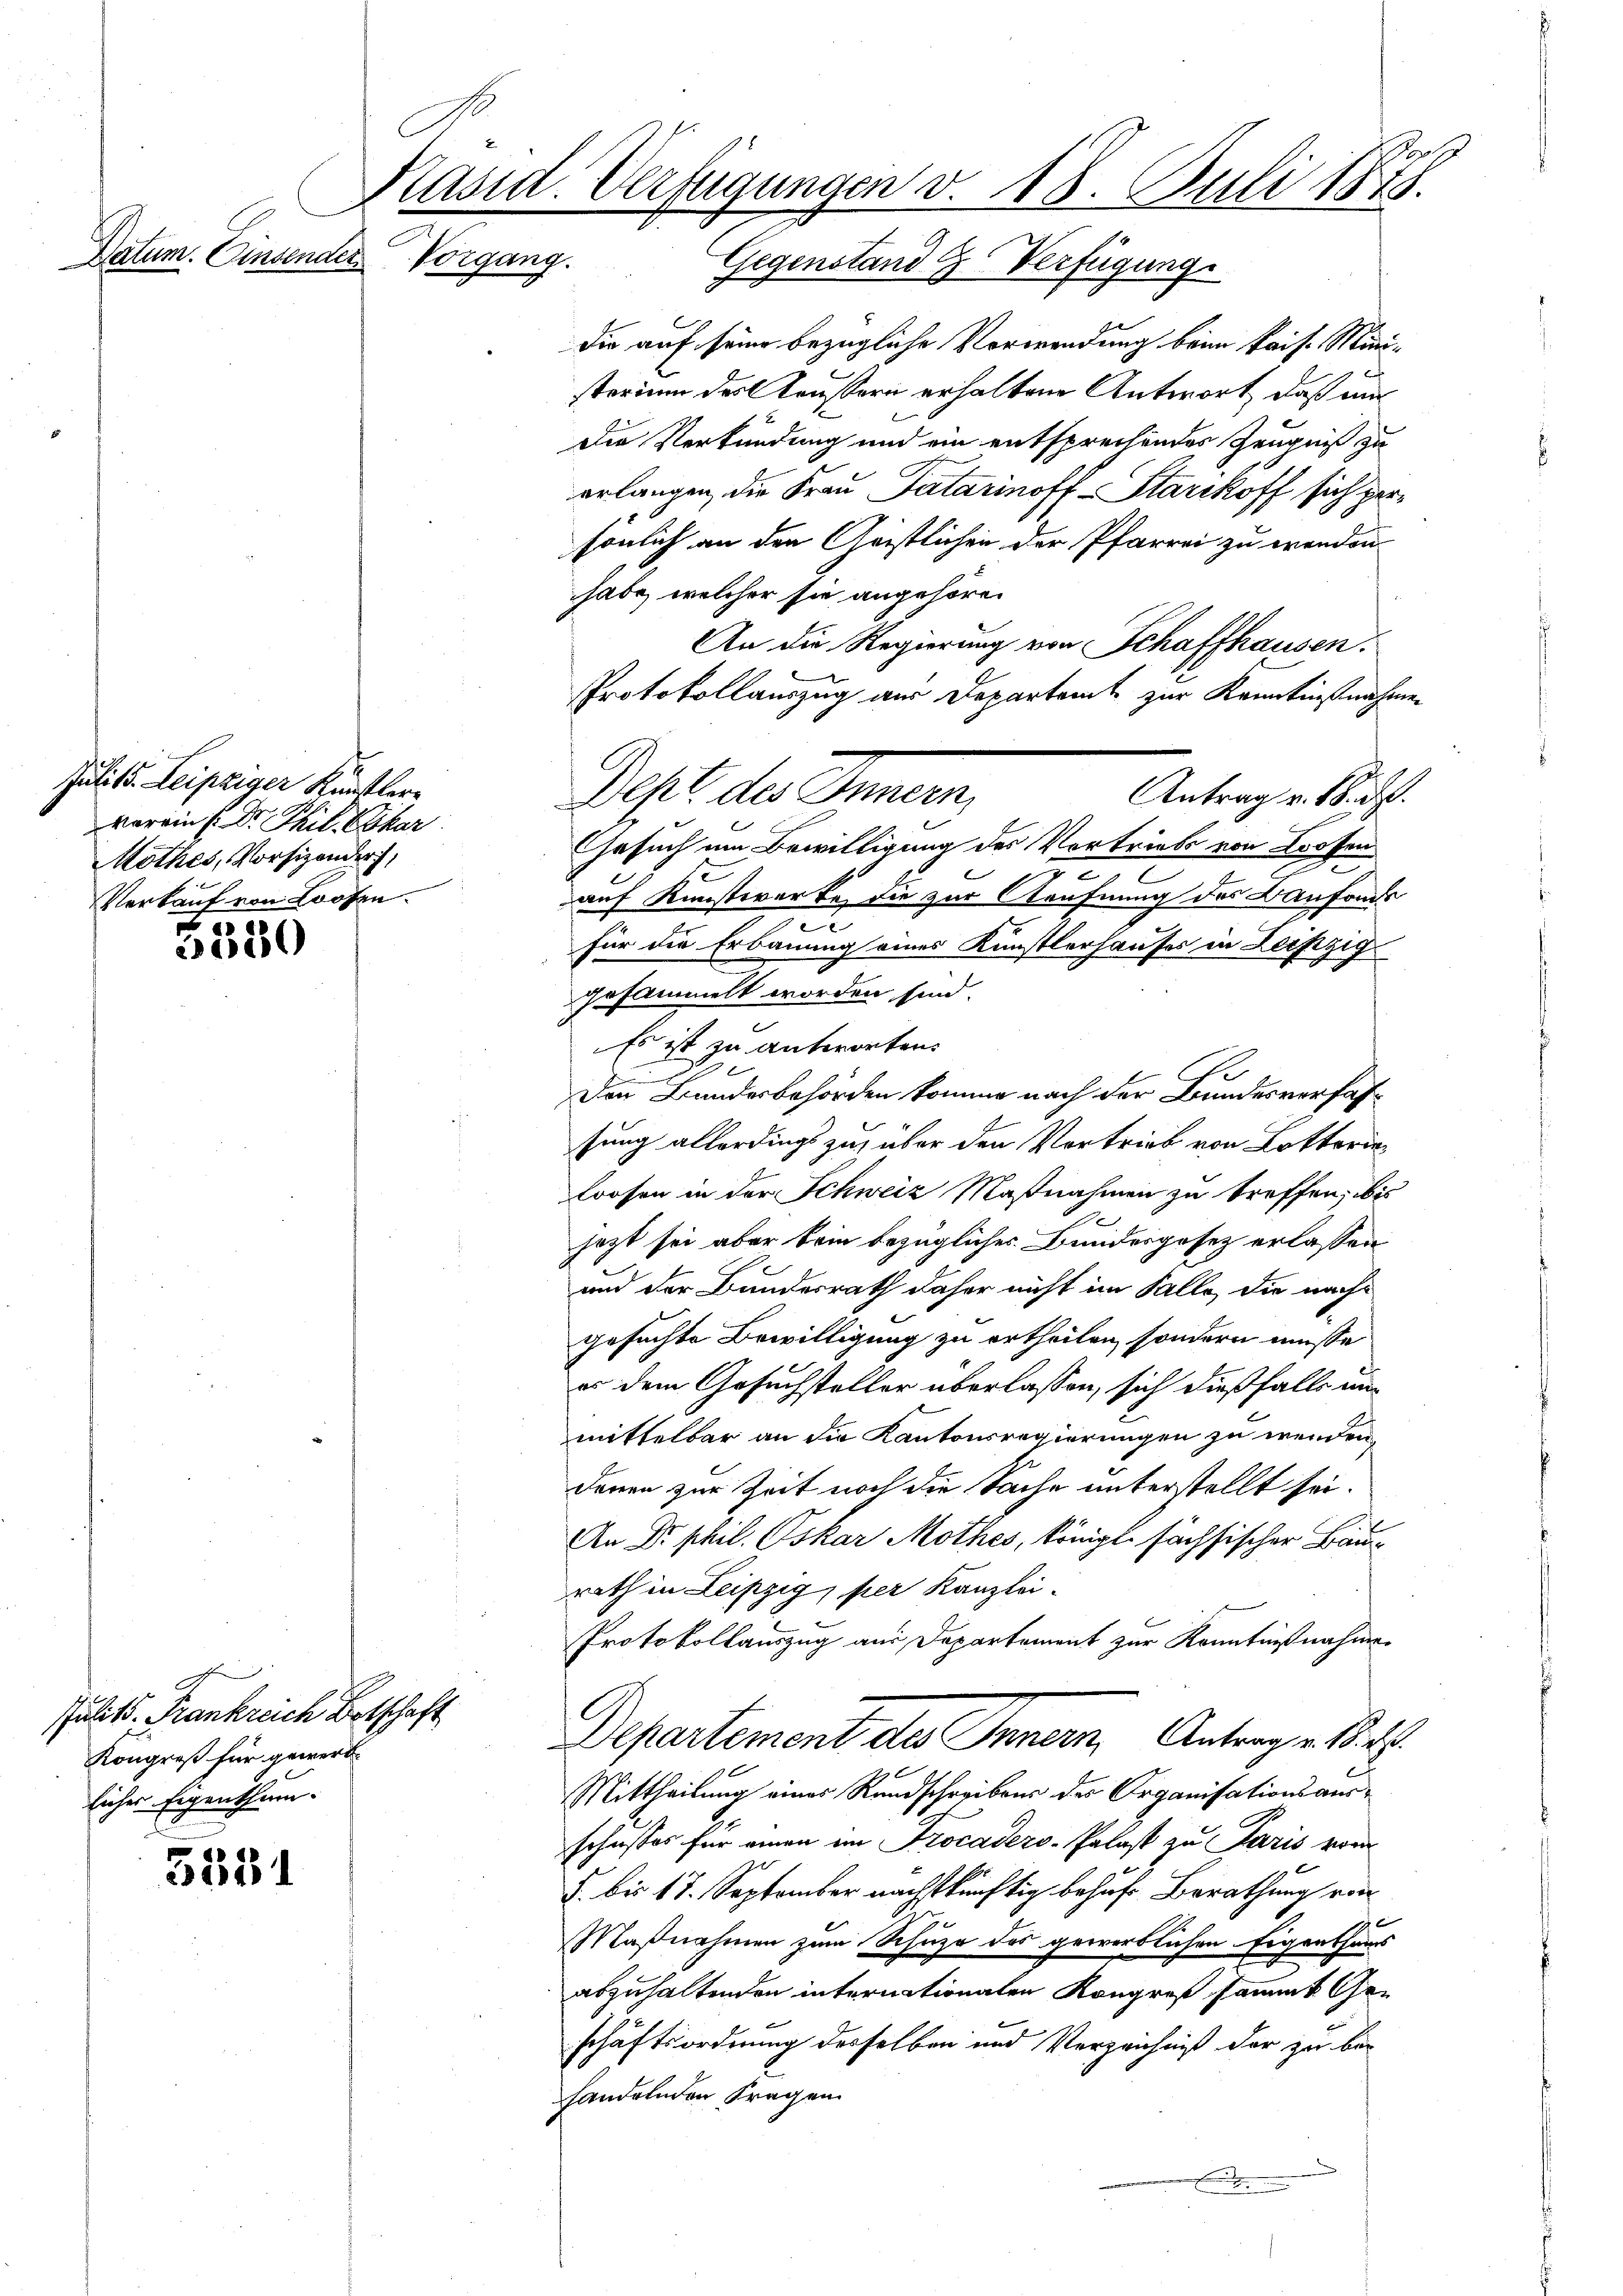
Juli d. Leipziger Künstler
vorein (Dr. Phil. Char
Mothes, Vorsizender,
Verkauf von Loofen.

h
Kasid. Verfügungen v. 18. Juli 1875.

Datum. Einsender
Vorgang. Gegenstand & Verfügung

5330

Julitt. Frankreich Botschaft
Kongreß für gewerb
licher Eigenthum.

5531

die auf seine bezügliche Verwendung beim kais. Ministorium des Aeußern erhaltene Antwort, daß mir
Die Verkündung und ein entsprechendes Zeugniß zu
erlangen, die Frau Patarinoff-Starikoff sich persönlich an den Geistlichen der Pfarrei zu wenden
habe, welcher sie angehören
An die Regierung von Schaffhausen.
Gesuch um Bewilligung des Vortriebe von Loosen
xx
auf Kunstwerke, die zur Aeufnung des Baufonds
d
für die Erbauung eines Künstlerhauses in Leipzig
gesammelt worden sind.
Es ist zu antworten.
Den Bundesbehörden komme nach der Bundesverfas
sung allerdings zu, über den Vortrieb von Lotterie¬
Loosen in der Schweiz Maßnahmen zu treffen, bis
jezt sei aber kein bezügliches Bundesgesetz erlassen
und der Bundesrath daher nicht im Falle, die nachgesuchte Bewilligung zu ertheilen, sondern müsse
er dem Gesuchsteller überlassen, sich dießfalls unmittelbar an die Kantonsregierungen zu wenden
denen zur Zeit noch die Sache unterstellt sei.
An Dr. phil. Oskar Mothes, königl. sächsischer Baurath in Leipzig, per Kanzlei-
Protokollauszug aus Departement zur Kenntnißnahme
Departement des Innern, Antragen. St.
Mittheilung eines Rundschreibens des Organisationsausschusses für einen im Trocadero - Polast zu Paris vom
§. bis 17. September nächstkünftig behufs Berathung von
Maßnahmen zum Schuze des gewerblichen Eigenthums
abzuhaltenden internationaten Kongreß sammt Ge-
schäftsordnung desselben und Verzeichniß der zu behandelnden Fragen.

Protokollauszug aus Departamt zur Kenntnißnahmen
Dest. des Innern,
Antrag v. 18. d.